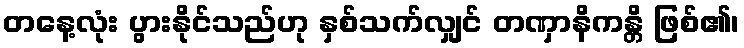
တနေ့လုံး ပွားနိုင်သည်ဟု နှစ်သက်လျှင် တဏှာနိကန္တိ ဖြစ်၏၊